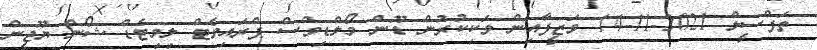
ތަފްސީލް 2021-11-14 ވަޒީފާއިން ވަކިކުރުން ޑޫން މޯލްޑިވްސް ޕްރައިވެޓް ލިމިޓެޑް ޝޯން ޔޫޖީން